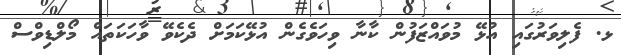
ޅ. ފެލިވަރުގައި އުޅޭ މުވައްޒަފުން ކާނާ ވިހަވެގެން އުޅޭކަމަށް ދެކެވޭ ވާހަކަތައް މޯލްޑިވްސް